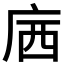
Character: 𱝃